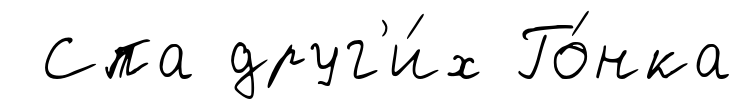
Спа друг'и́х Го́нка